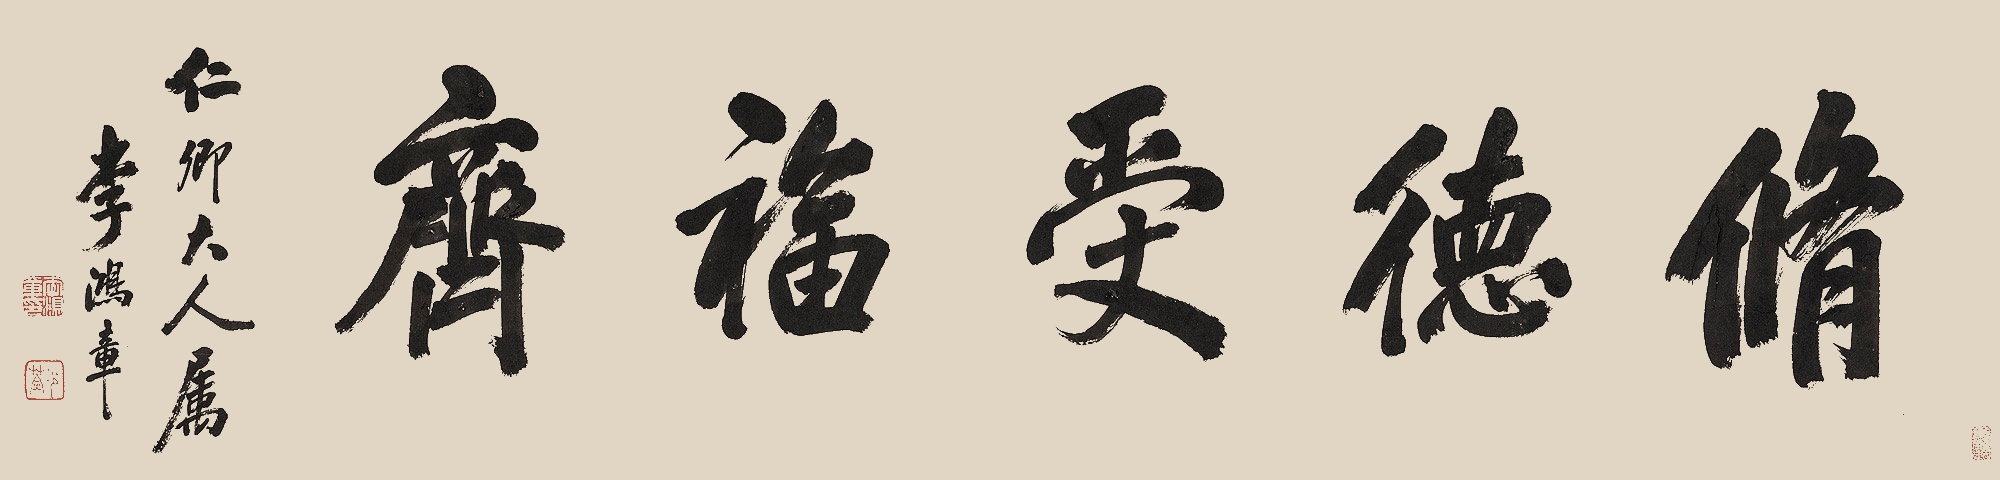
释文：修德受福斋仁卿大人属。李鸿章。